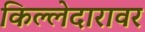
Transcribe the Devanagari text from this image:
किल्लेदारावर